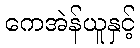
ကေအဲန်ယူနှင့်